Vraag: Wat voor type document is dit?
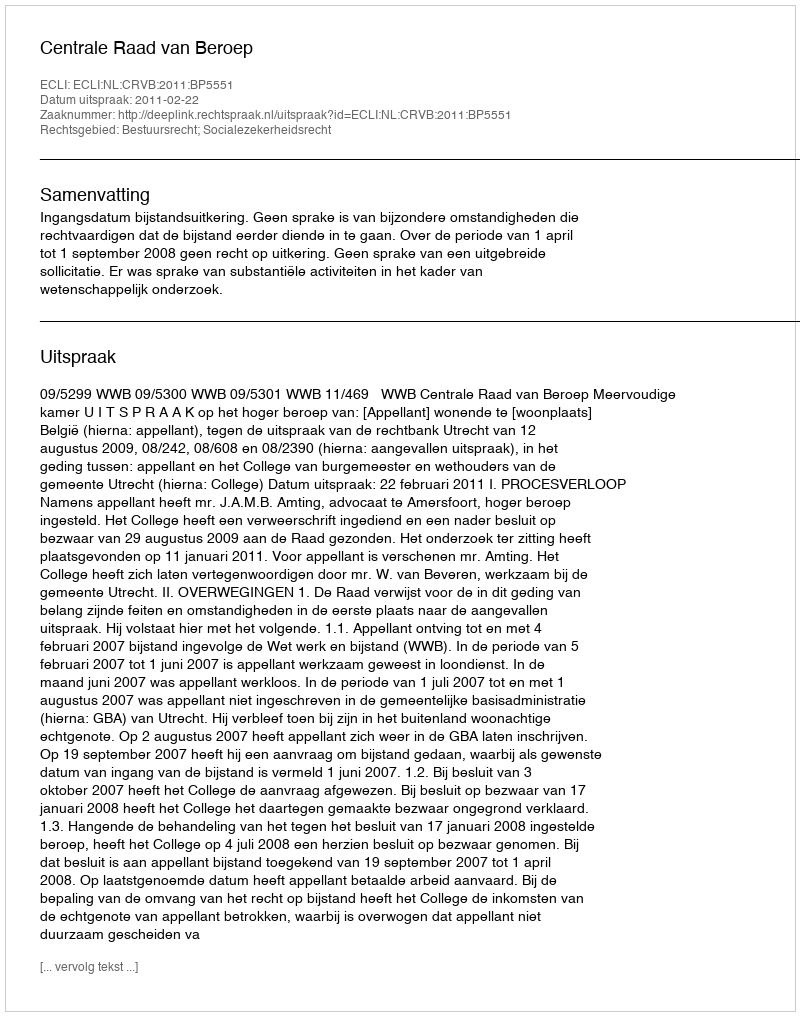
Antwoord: Uitspraak